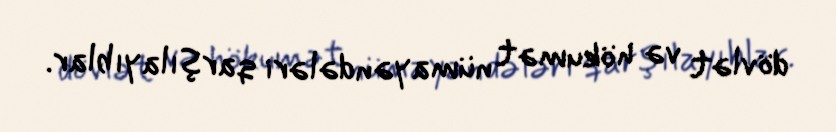
dövlət və hökumət nümayəndələri qarşılayıblar.